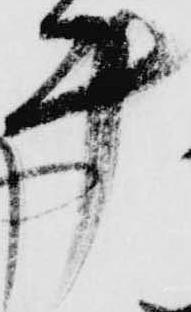
計